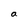
Character: a